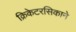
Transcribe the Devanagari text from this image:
क्रिकेटरसिकाने